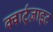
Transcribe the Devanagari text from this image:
क्वार्ट्‌ज़ाइट